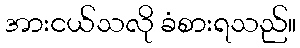
အားငယ်သလို ခံစားရသည်။